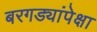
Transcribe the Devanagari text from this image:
बरगड्यांपेक्षा